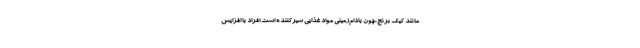
مانند کیک برنج،چون بادام‌زمینی مواد غذایی سیرکننده است افراد با افزایش